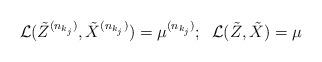
LaTeX: \begin{align*} \mathcal{L}(\tilde{Z}^{(n_{k_j})}, \tilde{X}^{(n_{k_j})}) = \mu^{(n_{k_j})};\;\;\mathcal{L}(\tilde{Z}, \tilde{X}) = \mu \end{align*}